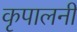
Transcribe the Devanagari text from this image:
कृपालनी